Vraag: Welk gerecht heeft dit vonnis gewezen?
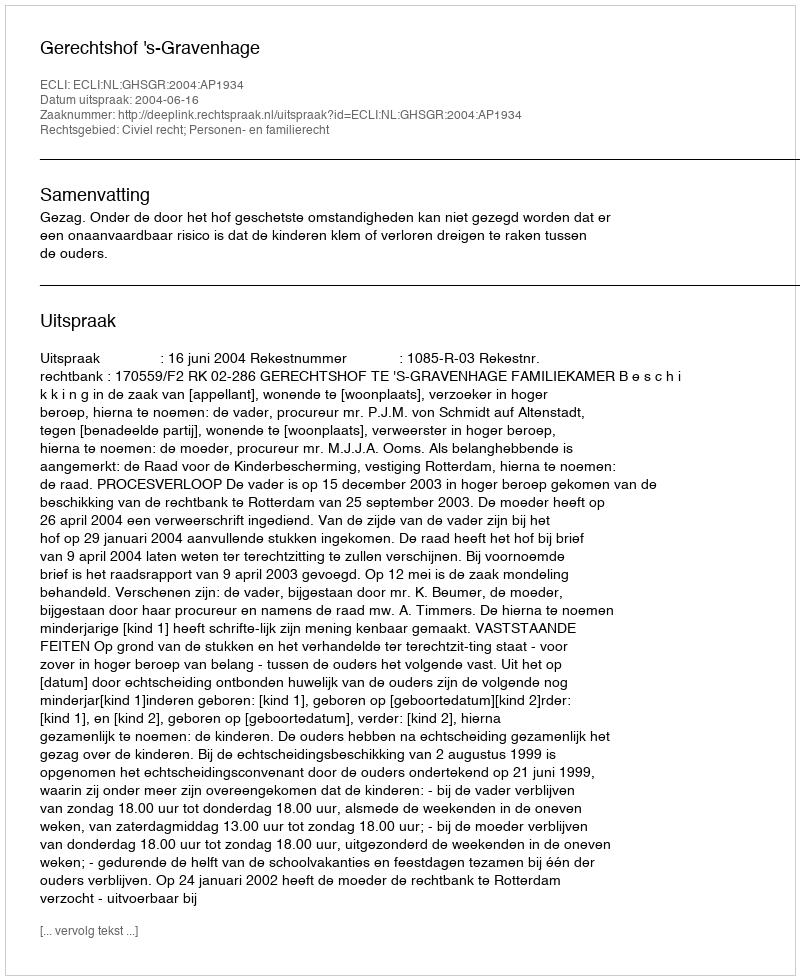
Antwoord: Gerechtshof 's-Gravenhage